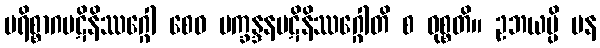
ပရိစ္စာဂပဋိနိဿဂ္ဂေါ စေဝ ပက္ခန္ဒနပဋိနိဿဂ္ဂေါတိ စ ဝုစ္စတိ။ ဥဘယမ္ပိ ပန